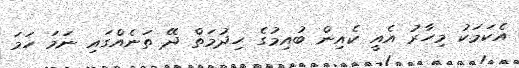
އެކަމަކު މިހާރު އެއީ ކެއިން ބުއިމުގެ ހިދުމަތް ދޭ ތަނެއްގައި ނަމަ ހަމަ